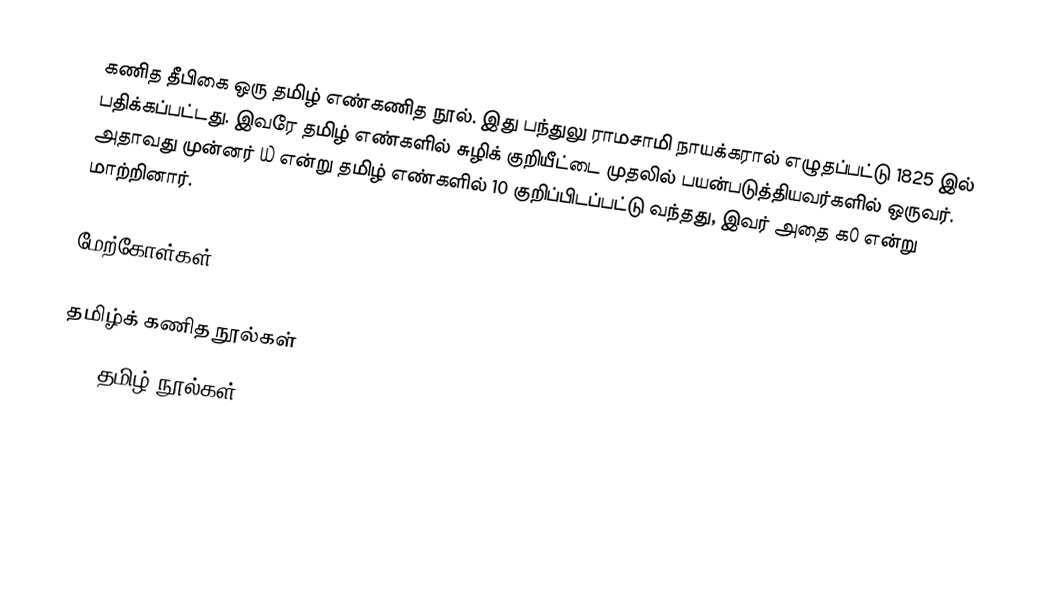
கணித தீபிகை ஒரு தமிழ் எண்கணித நூல்.  இது பந்துலு ராமசாமி நாயக்கரால் எழுதப்பட்டு 1825 இல் பதிக்கப்பட்டது.  இவரே தமிழ் எண்களில் சுழிக் குறியீட்டை முதலில் பயன்படுத்தியவர்களில் ஒருவர்.  அதாவது முன்னர் ௰ என்று தமிழ் எண்களில் 10 குறிப்பிடப்பட்டு வந்தது, இவர் அதை க௦ என்று மாற்றினார்.

மேற்கோள்கள்

தமிழ்க் கணித நூல்கள்
1825 தமிழ் நூல்கள்